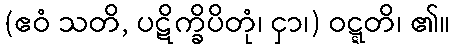
(ဧဝံ သတိ, ပဋိက္ခိပိတုံ၊ ငှာ၊) ဝဋ္ဋတိ၊ ၏။